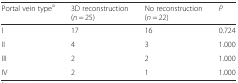
<table><thead><tr><td><b>Portal vein type<sup>a</sup></b></td><td><b>3D reconstruction (<i>n</i> = 25)</b></td><td><b>No reconstruction (<i>n</i> = 22)</b></td><td><b><i>P</i></b></td></tr></thead><tbody><tr><td>I</td><td>17</td><td>16</td><td>0.724</td></tr><tr><td>II</td><td>4</td><td>3</td><td>1.000</td></tr><tr><td>III</td><td>2</td><td>2</td><td>1.000</td></tr><tr><td>IV</td><td>2</td><td>1</td><td>1.000</td></tr></tbody></table>